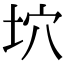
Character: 坹